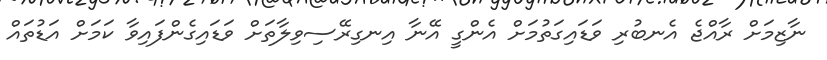
ނާޒިމަށް ރާއްޖެ އެނބުރި ވަޑައިގަތުމަށް އެންގީ އޭނާ އިނގިރޭސިވިލާތަށް ވަޑައިގެންފައިވާ ކަމަށް އަޑުތައް